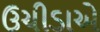
ઉચીડાએ